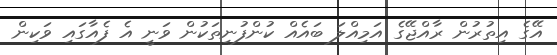
އޭގެ އިތުރުން ރާއްޖޭގެ އަމިއްލަ ބައެއް ކުންފުނިތަކުން ވަނީ އެ ފެއާގައި ވަކިން